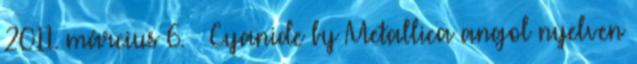
2011. március 6. ↑ Cyanide by Metallica angol nyelven